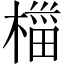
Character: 椔